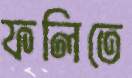
ফলিতে